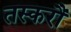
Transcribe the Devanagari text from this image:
तस्करौं